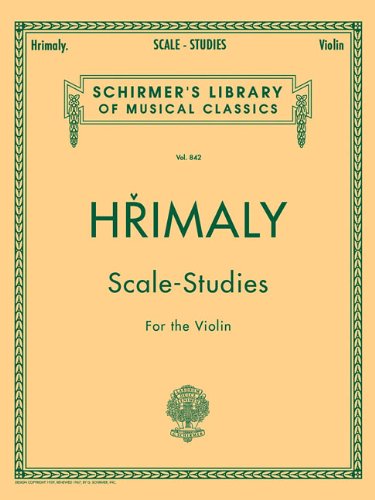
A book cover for Hrimaly - Scale Studies for Violin: Violin Method (Schirmer's Library of Musical Classics, Volume 842); Arts & Photography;